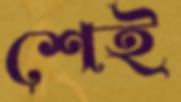
শেই